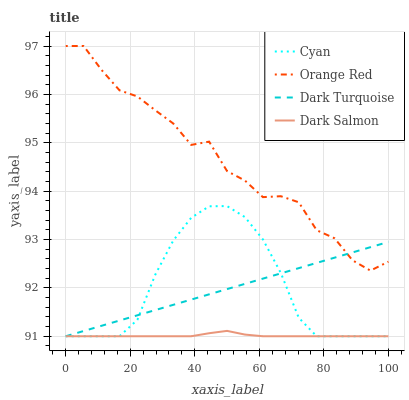
| xaxis_label | Cyan | Orange Red | Dark Turquoise | Dark Salmon |
 | --- | --- | --- | --- | --- |
 | 0 | 91 | 97 | 91 | 91 |
 | 5.56 | 91 | 97 | 91.1 | 91 |
 | 11.1 | 91 | 96.5 | 91.2 | 91 |
 | 16.7 | 91 | 96.1 | 91.3 | 91 |
 | 22.2 | 91.3 | 96 | 91.4 | 91 |
 | 27.8 | 92.3 | 95.7 | 91.5 | 91 |
 | 33.3 | 93 | 95.4 | 91.6 | 91 |
 | 38.9 | 93.4 | 95 | 91.8 | 91 |
 | 44.4 | 93.7 | 95 | 91.9 | 91.1 |
 | 50 | 93.7 | 94.4 | 92 | 91.1 |
 | 55.6 | 93.5 | 94.2 | 92.1 | 91 |
 | 61.1 | 93 | 93.9 | 92.2 | 91 |
 | 66.7 | 92.3 | 93.9 | 92.3 | 91 |
 | 72.2 | 91.4 | 93.8 | 92.4 | 91 |
 | 77.8 | 91 | 93.2 | 92.5 | 91 |
 | 83.3 | 91 | 93 | 92.6 | 91 |
 | 88.9 | 91 | 92.6 | 92.7 | 91 |
 | 94.4 | 91 | 92.4 | 92.8 | 91 |
 | 100 | 91 | 92.5 | 92.9 | 91 |